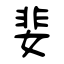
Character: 婓